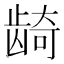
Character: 𬺈